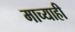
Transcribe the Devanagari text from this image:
माच्याही